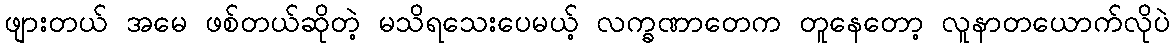
ဖျားတယ် အမေ ဖစ်တယ်ဆိုတဲ့ မသိရသေးပေမယ့် လက္ခဏာတေက တူနေတော့ လူနာတယောက်လိုပဲ